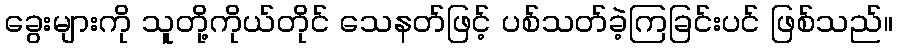
ခွေးများကို သူတို့ကိုယ်တိုင် သေနတ်ဖြင့် ပစ်သတ်ခဲ့ကြခြင်းပင် ဖြစ်သည်။